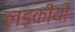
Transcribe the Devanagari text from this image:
लड़कीयो